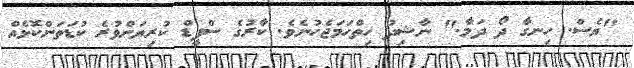
"ޔެސް. ހިނގާ ދޯ ދަމާ." ނާޝިދު ހިތްހަމަޖެހުނެވެ. ކާރުގެ ސްޕީޑް ކުރިޔަށްވުރެ ކުޑަތަންކޮޅެއް